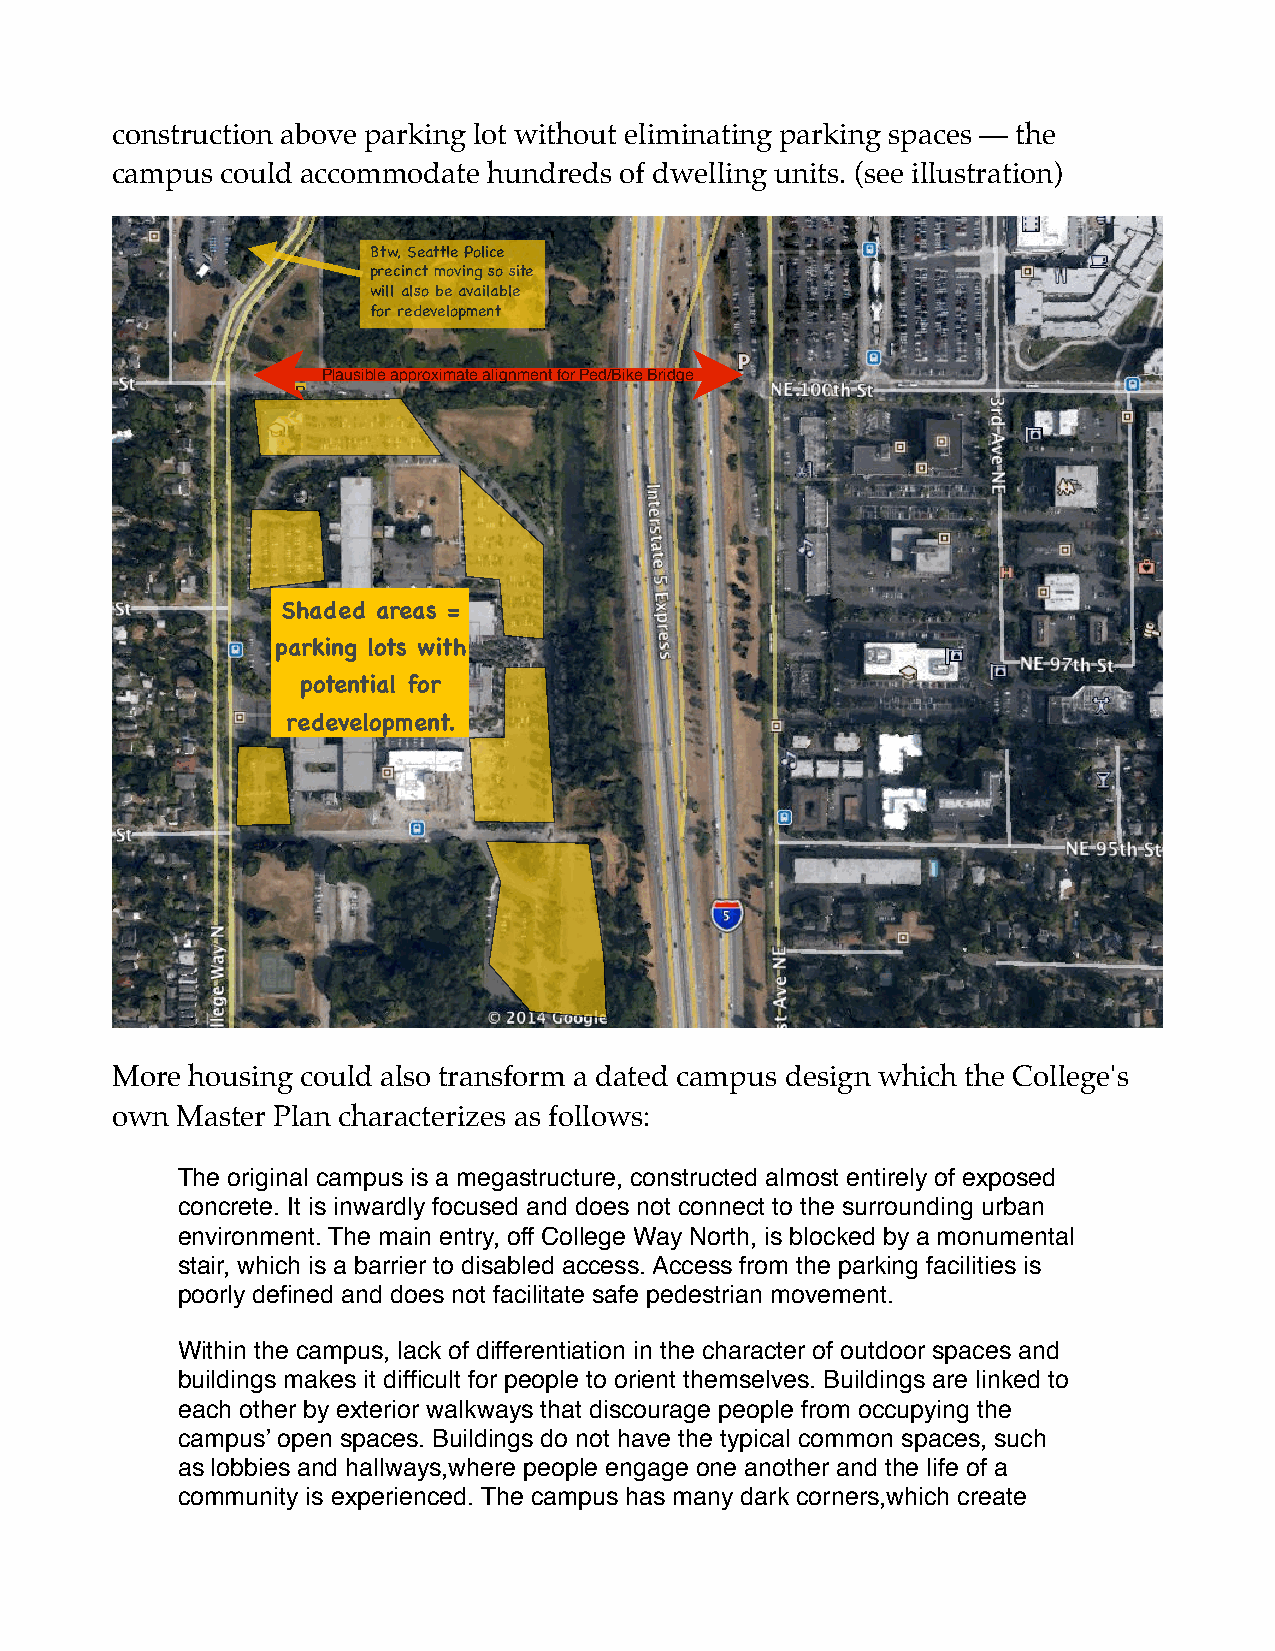
construction above parking lot without eliminating parking spaces — the
 campus  could accommodate hundreds of dwelling units. (see illustration)
 Btw, Seattle Police
 precinct moving so site
 will also be available
 for redevelopment
 Plausible approximate alignment for Ped/Bike Bridge
 P
 Shaded areas =
 parking lots with
 potential for
 redevelopment.
 More housing could also transform a dated campus design which the College's
 own  Master Plan characterizes as follows:
 The original campus is a megastructure, constructed almost entirely of exposed
 concrete. It is inwardly focused and does not connect to the surrounding urban
 environment. The main entry, off College Way North, is blocked by a monumental
 stair, which is a barrier to disabled access. Access from the parking facilities is
 poorly defined and does not facilitate safe pedestrian movement.
 Within the campus, lack of differentiation in the character of outdoor spaces and
 buildings makes it difficult for people to orient themselves. Buildings are linked to
 each other by exterior walkways that discourage people from occupying the
 campus’ open spaces. Buildings do not have the typical common spaces, such
 as lobbies and hallways,where people engage one another and the life of a
 community is experienced. The campus has many dark corners,which create